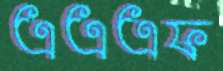
এএএফ